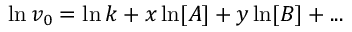
\ln v _ { 0 } = \ln k + x \ln [ A ] + y \ln [ B ] + . . .